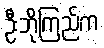
ဦးဘိုကြည်က